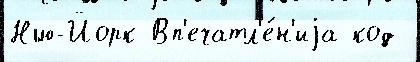
Нью-Йорк Вп'ечатл'е́н'иjа код